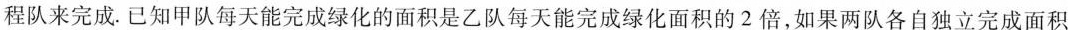
程队来完成。已知甲队每天能完成绿化的面积是乙队每天能完成绿化面积的2倍，如果两队各自独立完成面积